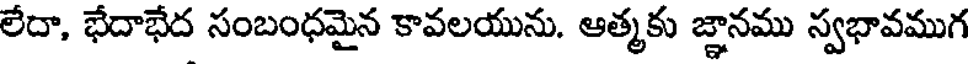
లేదా, భేదాభేద సంబంధమైన కావలయును. ఆత్మకు జ్ఞానము స్వభావముగ